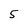
Character: 5